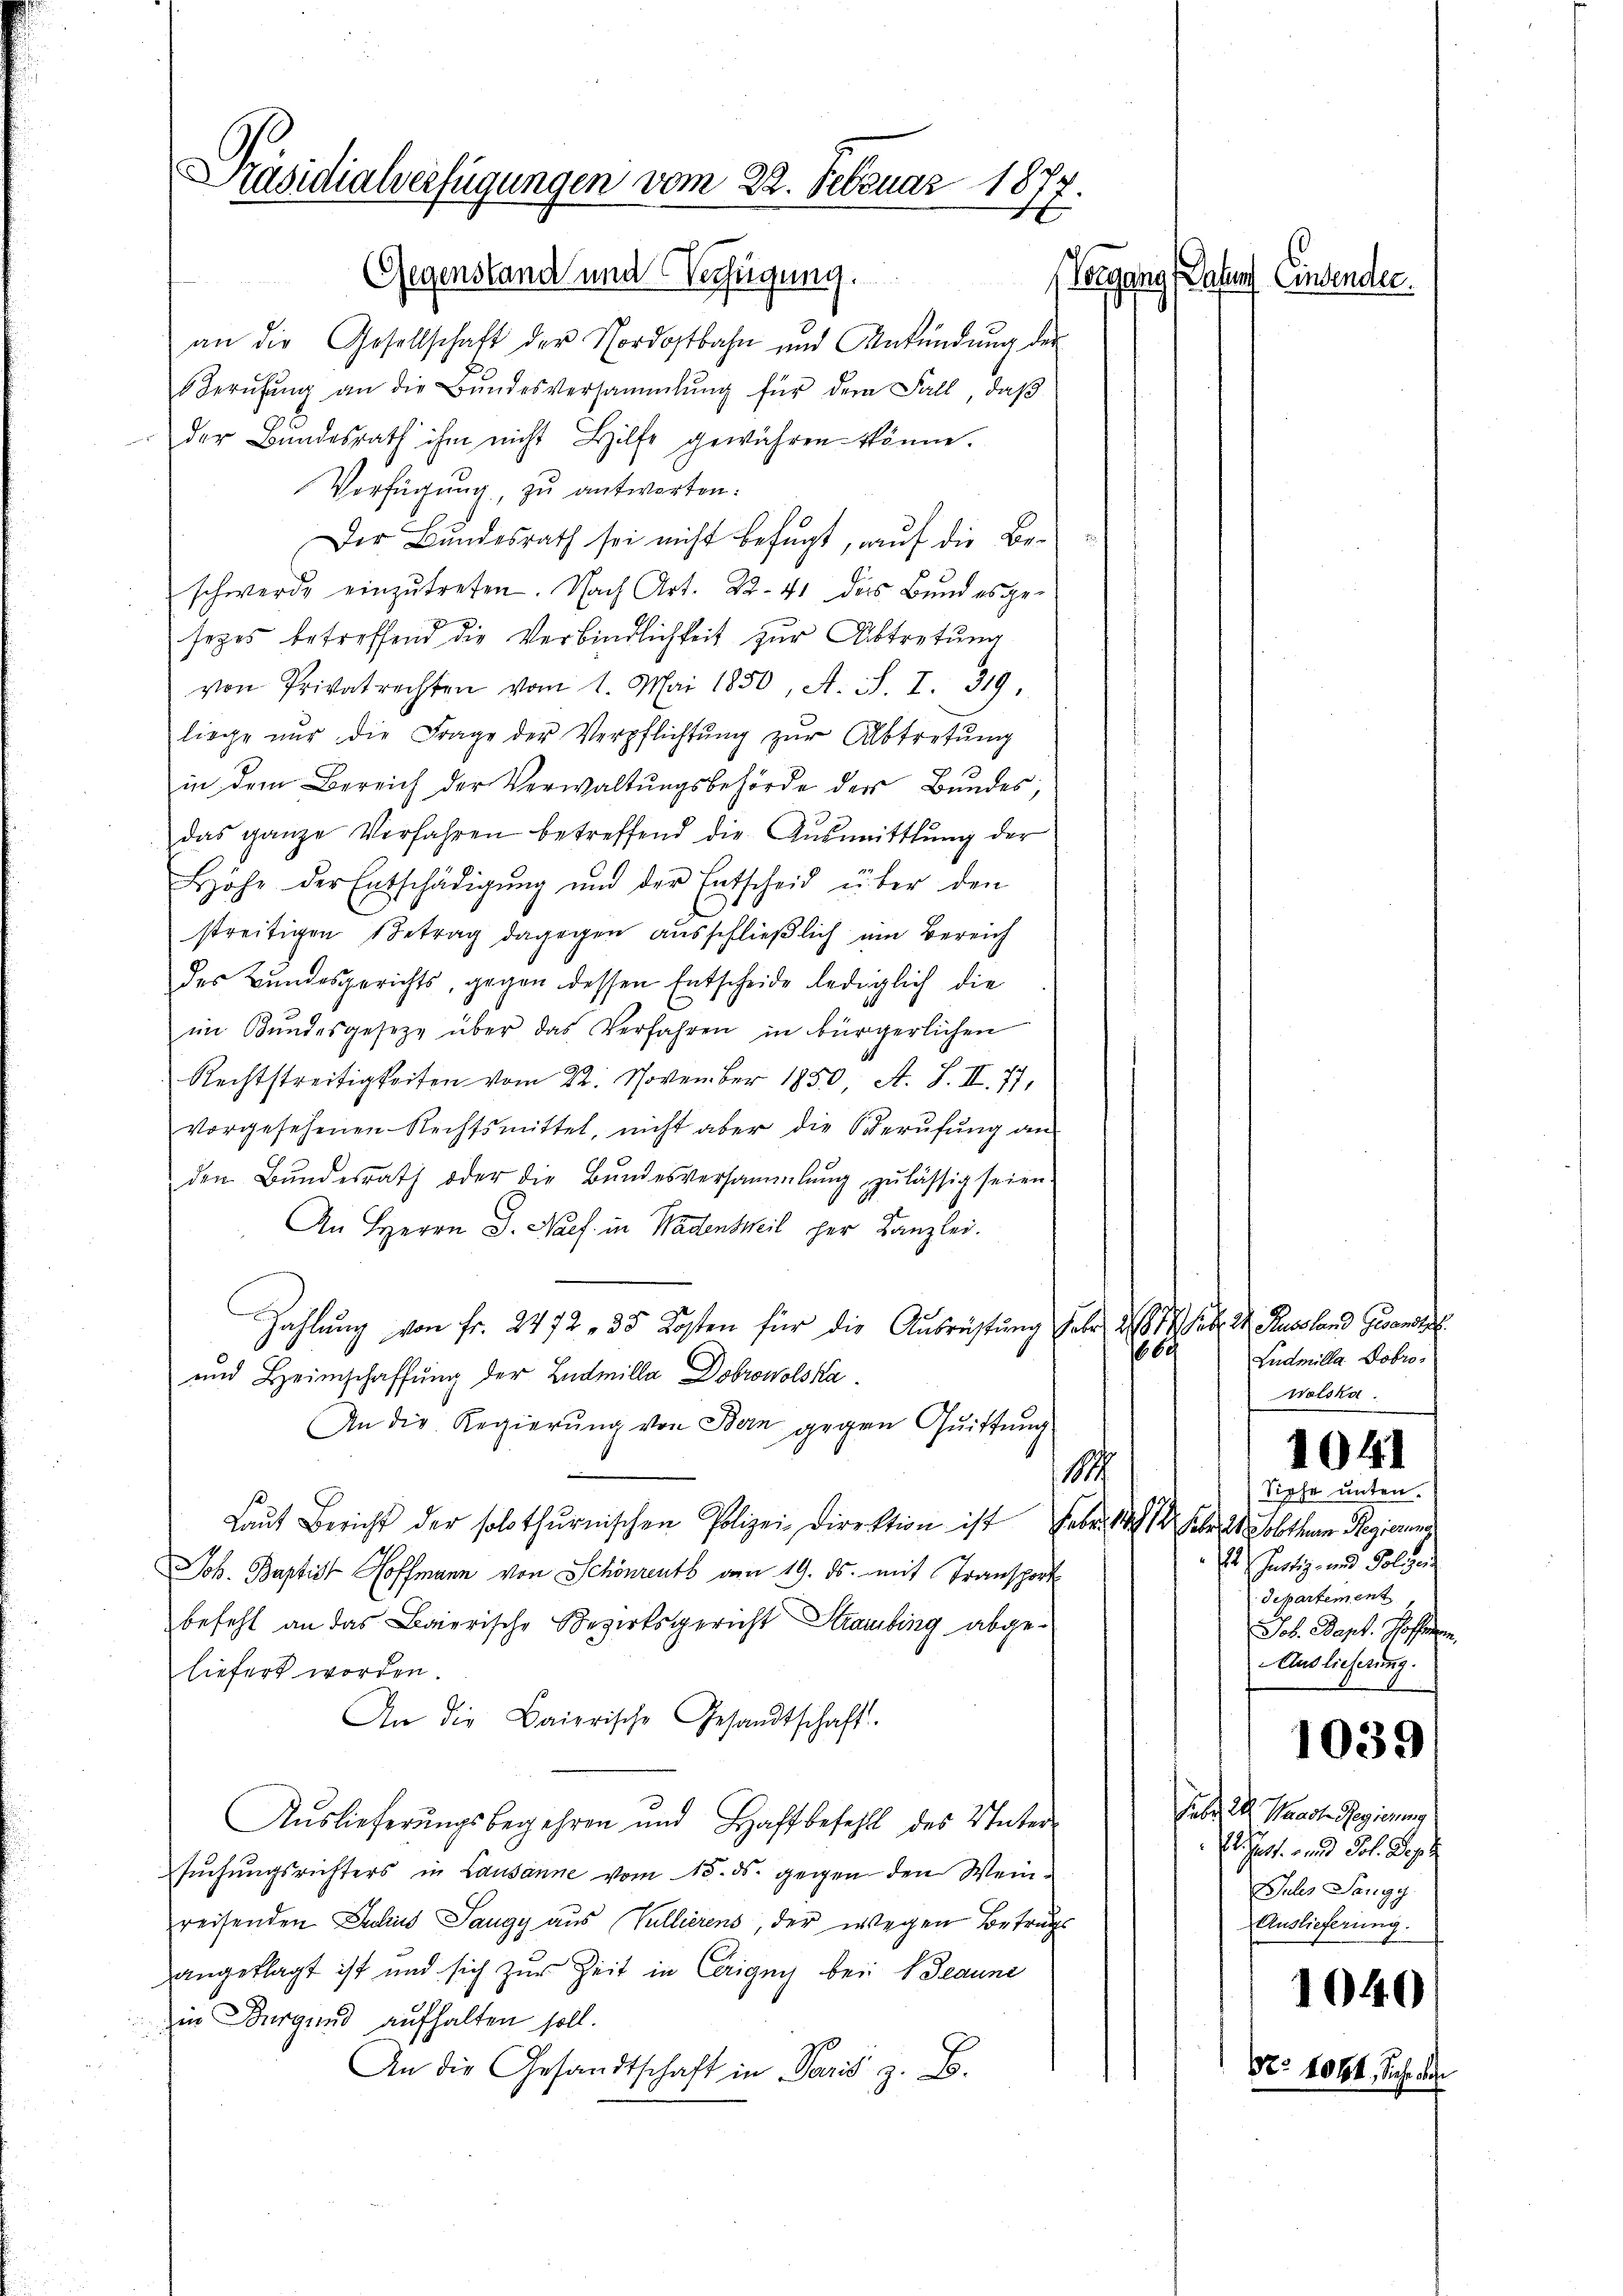
Präsidialverfügungen vom 22. Februar 1872
E
Gegenstand und Verfügung.
(Vergang (Tanten Einsenden.

an die Gesellschaft der Nordostbahn und Ankündung der
Berŭfŭng an die Bŭndesversammlung für dem Fall, daβ
der Bŭndesrath ihm nicht Hilfe gewähren könne.
Verfügung, zu antworten:
Der Bundesrath sei nicht befugt, auf die Beschwerde einzutreten. Nach Art. 22. 41 des Bund es gesezes betreffend die Verbindlichkeit zur Abtretung
von Privatrechten vom 1. Mai 1850, A. S. I. 319,
liege nur die Frage der Verpflichtŭng zŭr Abtretŭng
in dem Bereich der Verwaltŭngsbehörde der Bŭndes,
das ganze Verfahren betreffend die Aŭsmittlung der
Löhe der Entschädigŭng und der Entscheid über den
streitigen Betrag dagegen ausschließlich um Bereich
des Bundesgerichts, gegen dessen Entscheide lediglich die
im Bundesgesetze über das Verfahren in bürgerlichen
Rechtstreitigkeiten vom 22. November 1850, A. S. II. 77,
vorgesehenen Rechtsmittel, nicht aber die Berufung an
den Bŭndesrath oder die Bŭndesversammlung zulässig seien.
An HHerrn D. Napf. in Wadenseil her Kanzlei.
Zahlung von Fr. 2472, 35 Kosten für die Ausrüstung Jahr 1814. d. Russland Gewandert.
1609
und Heimschaffung der Ludmilla Dobrowolska¬
An die Regierŭng von Bern gegen Quittung
1
Laŭt Bericht der solothŭrnischen Polizei Direktion ist aber doch 1 Febr. 2 obthan Regierung
Joh. Baptist Hoffmann von Schönrents von 19. ds. mit Transport
befehl an das Baierische Bezirksgericht Straubing abgeliefert worden.
An die Baierische Gesandtschaft.
Auslieferŭngsbegehren und Haftbefehlt des Vater-
suchungsrichters in Lausanne vom 15. ds. gegen den Weinreisenden Julius Sangy aus Vullierens, der wegen Betrags
angeklagt ist und sich zur Zeit in Carigny bei Beaune
in Burgund aufhalten soll.
An die Gesandtschaft in Paris z. B.

Ludmilla Dobro¬
Wolska
Sipfe unten.
1. Fertig und Folgen
Separtement
Job. Bapt. Hoffen
Auslieferung.

1041

Febr. der Waadt Regierung
Er hat. - und Joh. Dep
Jules Sangy
Auslieferung.

1039

1040

Nr. 1044, Siche des